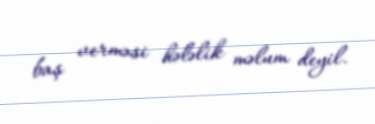
baş verməsi hələlik məlum deyil.